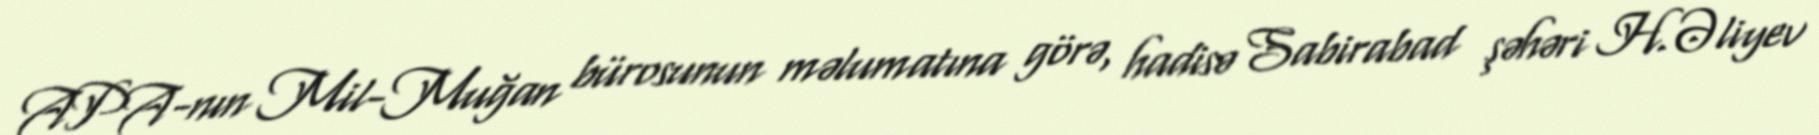
APA-nın Mil-Muğan bürosunun məlumatına görə, hadisə Sabirabad şəhəri H.Əliyev